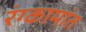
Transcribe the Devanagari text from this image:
रंग्कामांत